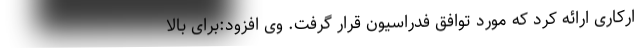
ارکاری ارائه کرد که مورد توافق فدراسیون قرار گرفت. وی افزود:برای بالا